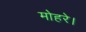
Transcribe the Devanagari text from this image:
मोहरे।